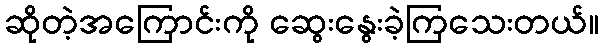
ဆိုတဲ့အကြောင်းကို ဆွေးနွေးခဲ့ကြသေးတယ်။